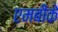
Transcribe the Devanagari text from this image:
एमबीके